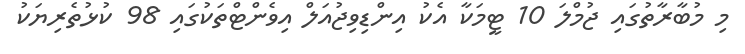
މި މުބާރާތުގައި ޖުމްލަ 10 ޓީމަކާ އެކު އިންޑިވިޖުއަލް އިވެންޓްތަކުގައި 98 ކުޅުތެރިޔަކު